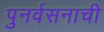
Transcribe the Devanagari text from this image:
पुनर्वसनाची